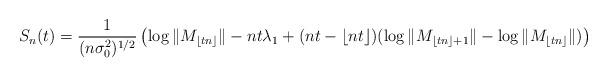
LaTeX: \begin{align*}S_{n}(t)=\frac{1}{(n\sigma_0^2)^{1/2}} \left( \log \|M_{\lfloor tn \rfloor}\|-nt\lambda_1 + (nt-\lfloor nt \rfloor) (\log \|M_{\lfloor tn \rfloor +1}\| - \log\|M_{\lfloor tn \rfloor}\|) \right) \end{align*}